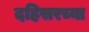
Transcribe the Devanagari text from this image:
दहिसरच्या